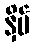
နှိပ်